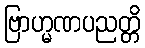
ဗြာဟ္မဏပညတ္တိ